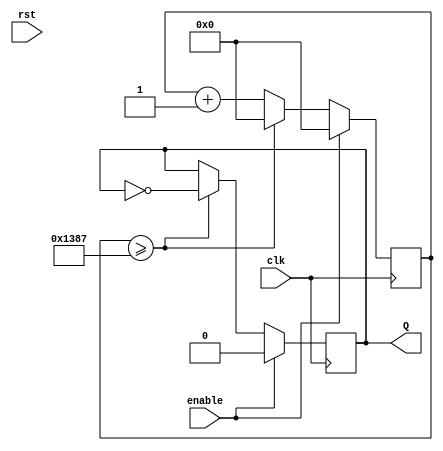
`timescale 1ns / 1ps
//////////////////////////////////////////////////////////////////////////////////
// Company: 
// Engineer: 
// 
// Design Name: 
// Module Name: clock_500hz
// Project Name: 
// Target Devices: 
// Tool Versions: 
// Description: 
// 
// Dependencies: 
// 
// Revision:
// Revision 0.01 - File Created
// Additional Comments:
// 
//////////////////////////////////////////////////////////////////////////////////


module clock_500hz(
    input clk,enable,rst,
    output reg Q
    );
    reg [22:0]cnt;
            initial 
            begin
                Q<=0;
                cnt=23'd0; 
            end
            always @ (posedge clk)
            begin
                if (enable)
                begin
                    Q<=0;
                    cnt<=23'd0;
                end
                else if (cnt>=23'd4999)
                begin
                    Q<=~Q;
                    cnt<=23'd0;
                end
                else 
                    cnt=cnt+23'd1;
            end
endmodule